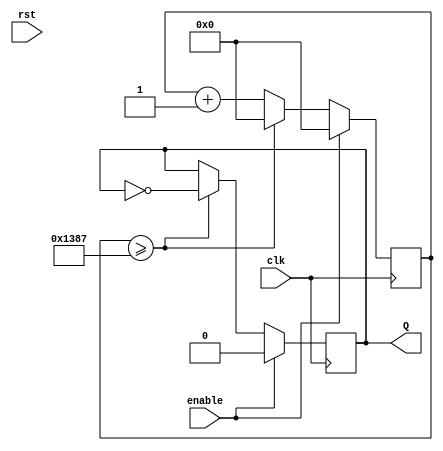
`timescale 1ns / 1ps
//////////////////////////////////////////////////////////////////////////////////
// Company: 
// Engineer: 
// 
// Design Name: 
// Module Name: clock_500hz
// Project Name: 
// Target Devices: 
// Tool Versions: 
// Description: 
// 
// Dependencies: 
// 
// Revision:
// Revision 0.01 - File Created
// Additional Comments:
// 
//////////////////////////////////////////////////////////////////////////////////


module clock_500hz(
    input clk,enable,rst,
    output reg Q
    );
    reg [22:0]cnt;
            initial 
            begin
                Q<=0;
                cnt=23'd0; 
            end
            always @ (posedge clk)
            begin
                if (enable)
                begin
                    Q<=0;
                    cnt<=23'd0;
                end
                else if (cnt>=23'd4999)
                begin
                    Q<=~Q;
                    cnt<=23'd0;
                end
                else 
                    cnt=cnt+23'd1;
            end
endmodule